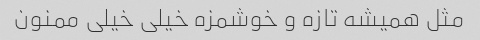
مثل همیشه تازه و خوشمزه خیلی خیلی ممنون